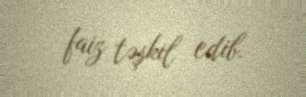
faiz təşkil edib.